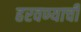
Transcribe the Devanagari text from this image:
हरवण्याची